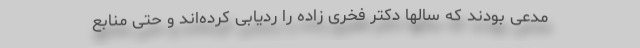
مدعی بودند که سالها دکتر فخری زاده را ردیابی کرده‌اند و حتی منابع